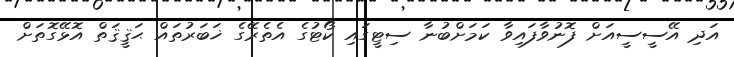
އަދި އޭސީސީއަށް ފޮނުވާފައިވާ ކަމަށްބުނާ ސިޓީގައި ކޯޓުގެ އެތެރޭގެ ޚަބަރުތައް ޙަޤީޤަތް އޮޅޭގޮތަށް